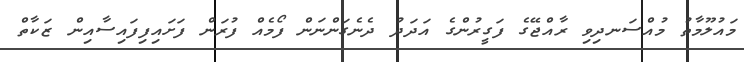
މައުލޫމާތު މުއްސަނދިވި ރާއްޖޭގެ ފަގީރުންގެ އަދަދު ދެނެގަންނަން ފޯމެއް ފުރަން ފަށައިފިފައިސާއިން ޒަކާތް